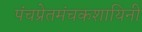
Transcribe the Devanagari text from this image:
पंचप्रेतमंचकशायिनी